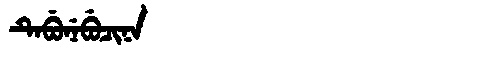
Manchu: ᡨᡝᠪᡠᠨᡝᠪᡠᠴᡳᠨᠠ
Romanization: TEBUNEBUCINA